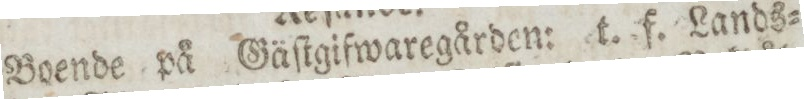
Boende på Gäſtgifwaregården: t. f. Lands=